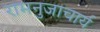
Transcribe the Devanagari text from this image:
रामनुजाचार्य